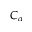
C _ { \alpha }